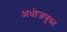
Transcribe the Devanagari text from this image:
अधोजत्रुका